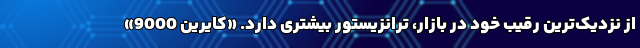
از نزدیک‌ترین رقیب خود در بازار، ترانزیستور بیشتری دارد. «کایرین 9000»